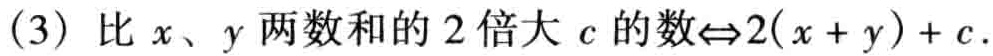
(3) 比 \(x、y\) 两数和的 \(2\) 倍大 \(c\) 的数\(\Leftrightarrow2(x + y)+c\).